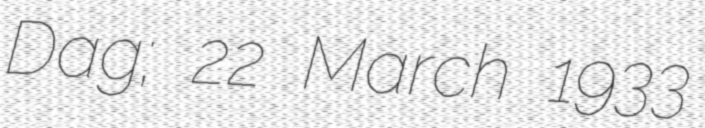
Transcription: Dag; 22 March 1933